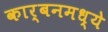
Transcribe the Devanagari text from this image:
कार्बनमध्ये